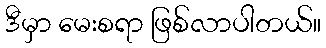
ဒီမှာ မေးစရာ ဖြစ်လာပါတယ်။